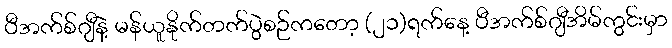
ပီအက်စ်ဂျီနဲ့ မန်ယူနိုက်တက်ပွဲစဉ်ကတော့ (၂၁)ရက်နေ့ ပီအက်စ်ဂျီအိမ်ကွင်းမှာ